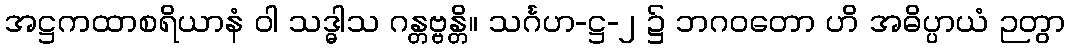
အဋ္ဌကထာစရိယာနံ ဝါ သဒ္ဓါသ ဂန္တဗ္ဗန္တိ။ သင်္ဂဟ-ဋ္ဌ-၂ ၌ ဘဂဝတော ဟိ အဓိပ္ပာယံ ဉတွာ